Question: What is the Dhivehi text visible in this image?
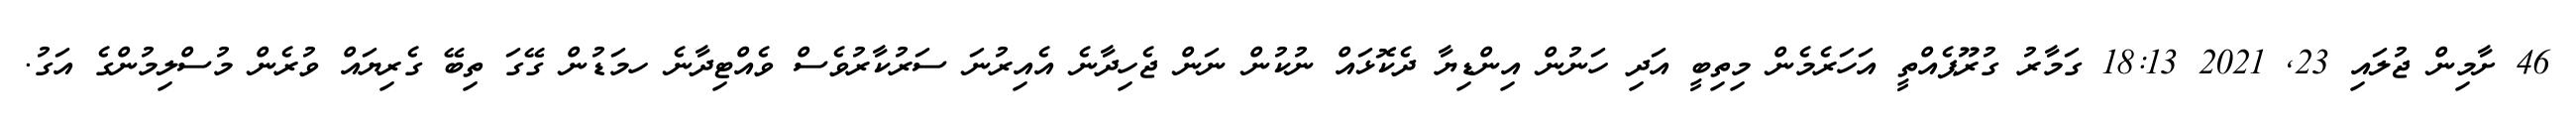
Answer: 46 ށާމިން ޖުލައި 23, 2021 18:13 ގަމާރު ގުރޫޕެއްތީ އަހަރެމެން މިތިބީ އަދި ހަނުން އިންޑިޔާ ދެކޮޅައް ނުކުން ނަން ޖެހިދާނެ އެއިރުނަ ސަރުކާރުވެސް ވެއްޓިދާނެ ހމަޑުން ގޭގަ ތިބޭ ގެރިޔައް ވުރެން މުސްލިމުންގެ އަގު.